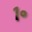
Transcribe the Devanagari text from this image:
१॰